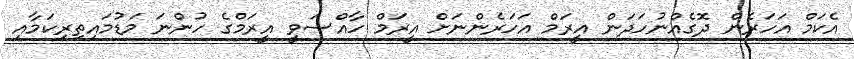
އެކަމް އަހަރެން ދޮގެއްނުހަދަން އީރަމް އަހަރެންނަށް އީރަމް ހާއްސަވީ އީރަމްގެ ހުންނަ މަޑުމައިތިރިކަމާއި